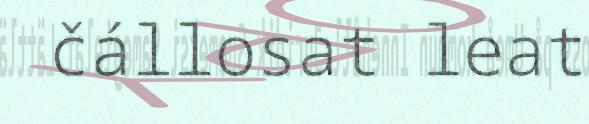
čállosat leat